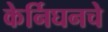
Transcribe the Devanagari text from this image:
केर्निघनचे